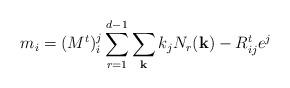
LaTeX: \begin{align*} m_{i} = (M^{t})_{i}^{j}\sum_{r=1}^{d-1}\sum_{\bf k} k_{j}N_{r}({\bf k}) - R^{t}_{ij}e^{j}\end{align*}